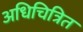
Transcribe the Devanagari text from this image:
अधिचित्रित